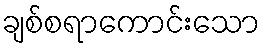
ချစ်စရာကောင်းသော